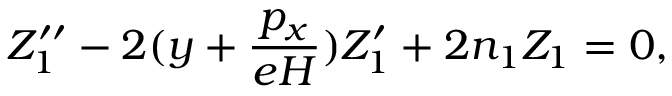
Z _ { 1 } ^ { \prime \prime } - 2 ( y + \frac { p _ { x } } { e H } ) Z _ { 1 } ^ { \prime } + 2 n _ { 1 } Z _ { 1 } = 0 ,